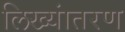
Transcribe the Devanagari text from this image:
लिख्यांतरण